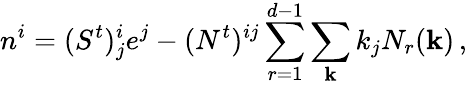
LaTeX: n^{i}=(S^{t})_{j}^{i}e^{j}-(N^{t})^{ij}\sum_{r=1}^{d-1}\sum_{\mathbf k}k_{j}N_{r}({\mathbf k})\, ,